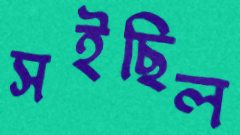
সইছিল